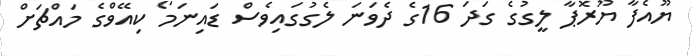
ޔޫއެފާ ޔޫރޮޕާ ލީގުގެ ގަދަ 16ގެ ދެވަނަ ލެގުގައިވެސް ޑައިނަމޯ ކިއޭވްގެ މައްޗަށް